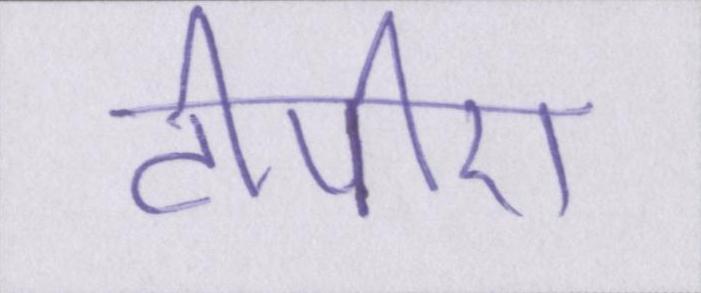
टीपीए